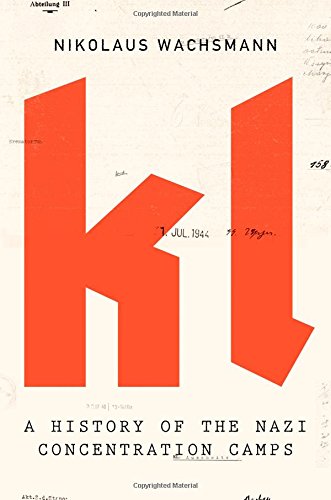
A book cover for KL: A History of the Nazi Concentration Camps; Nikolaus Wachsmann; History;